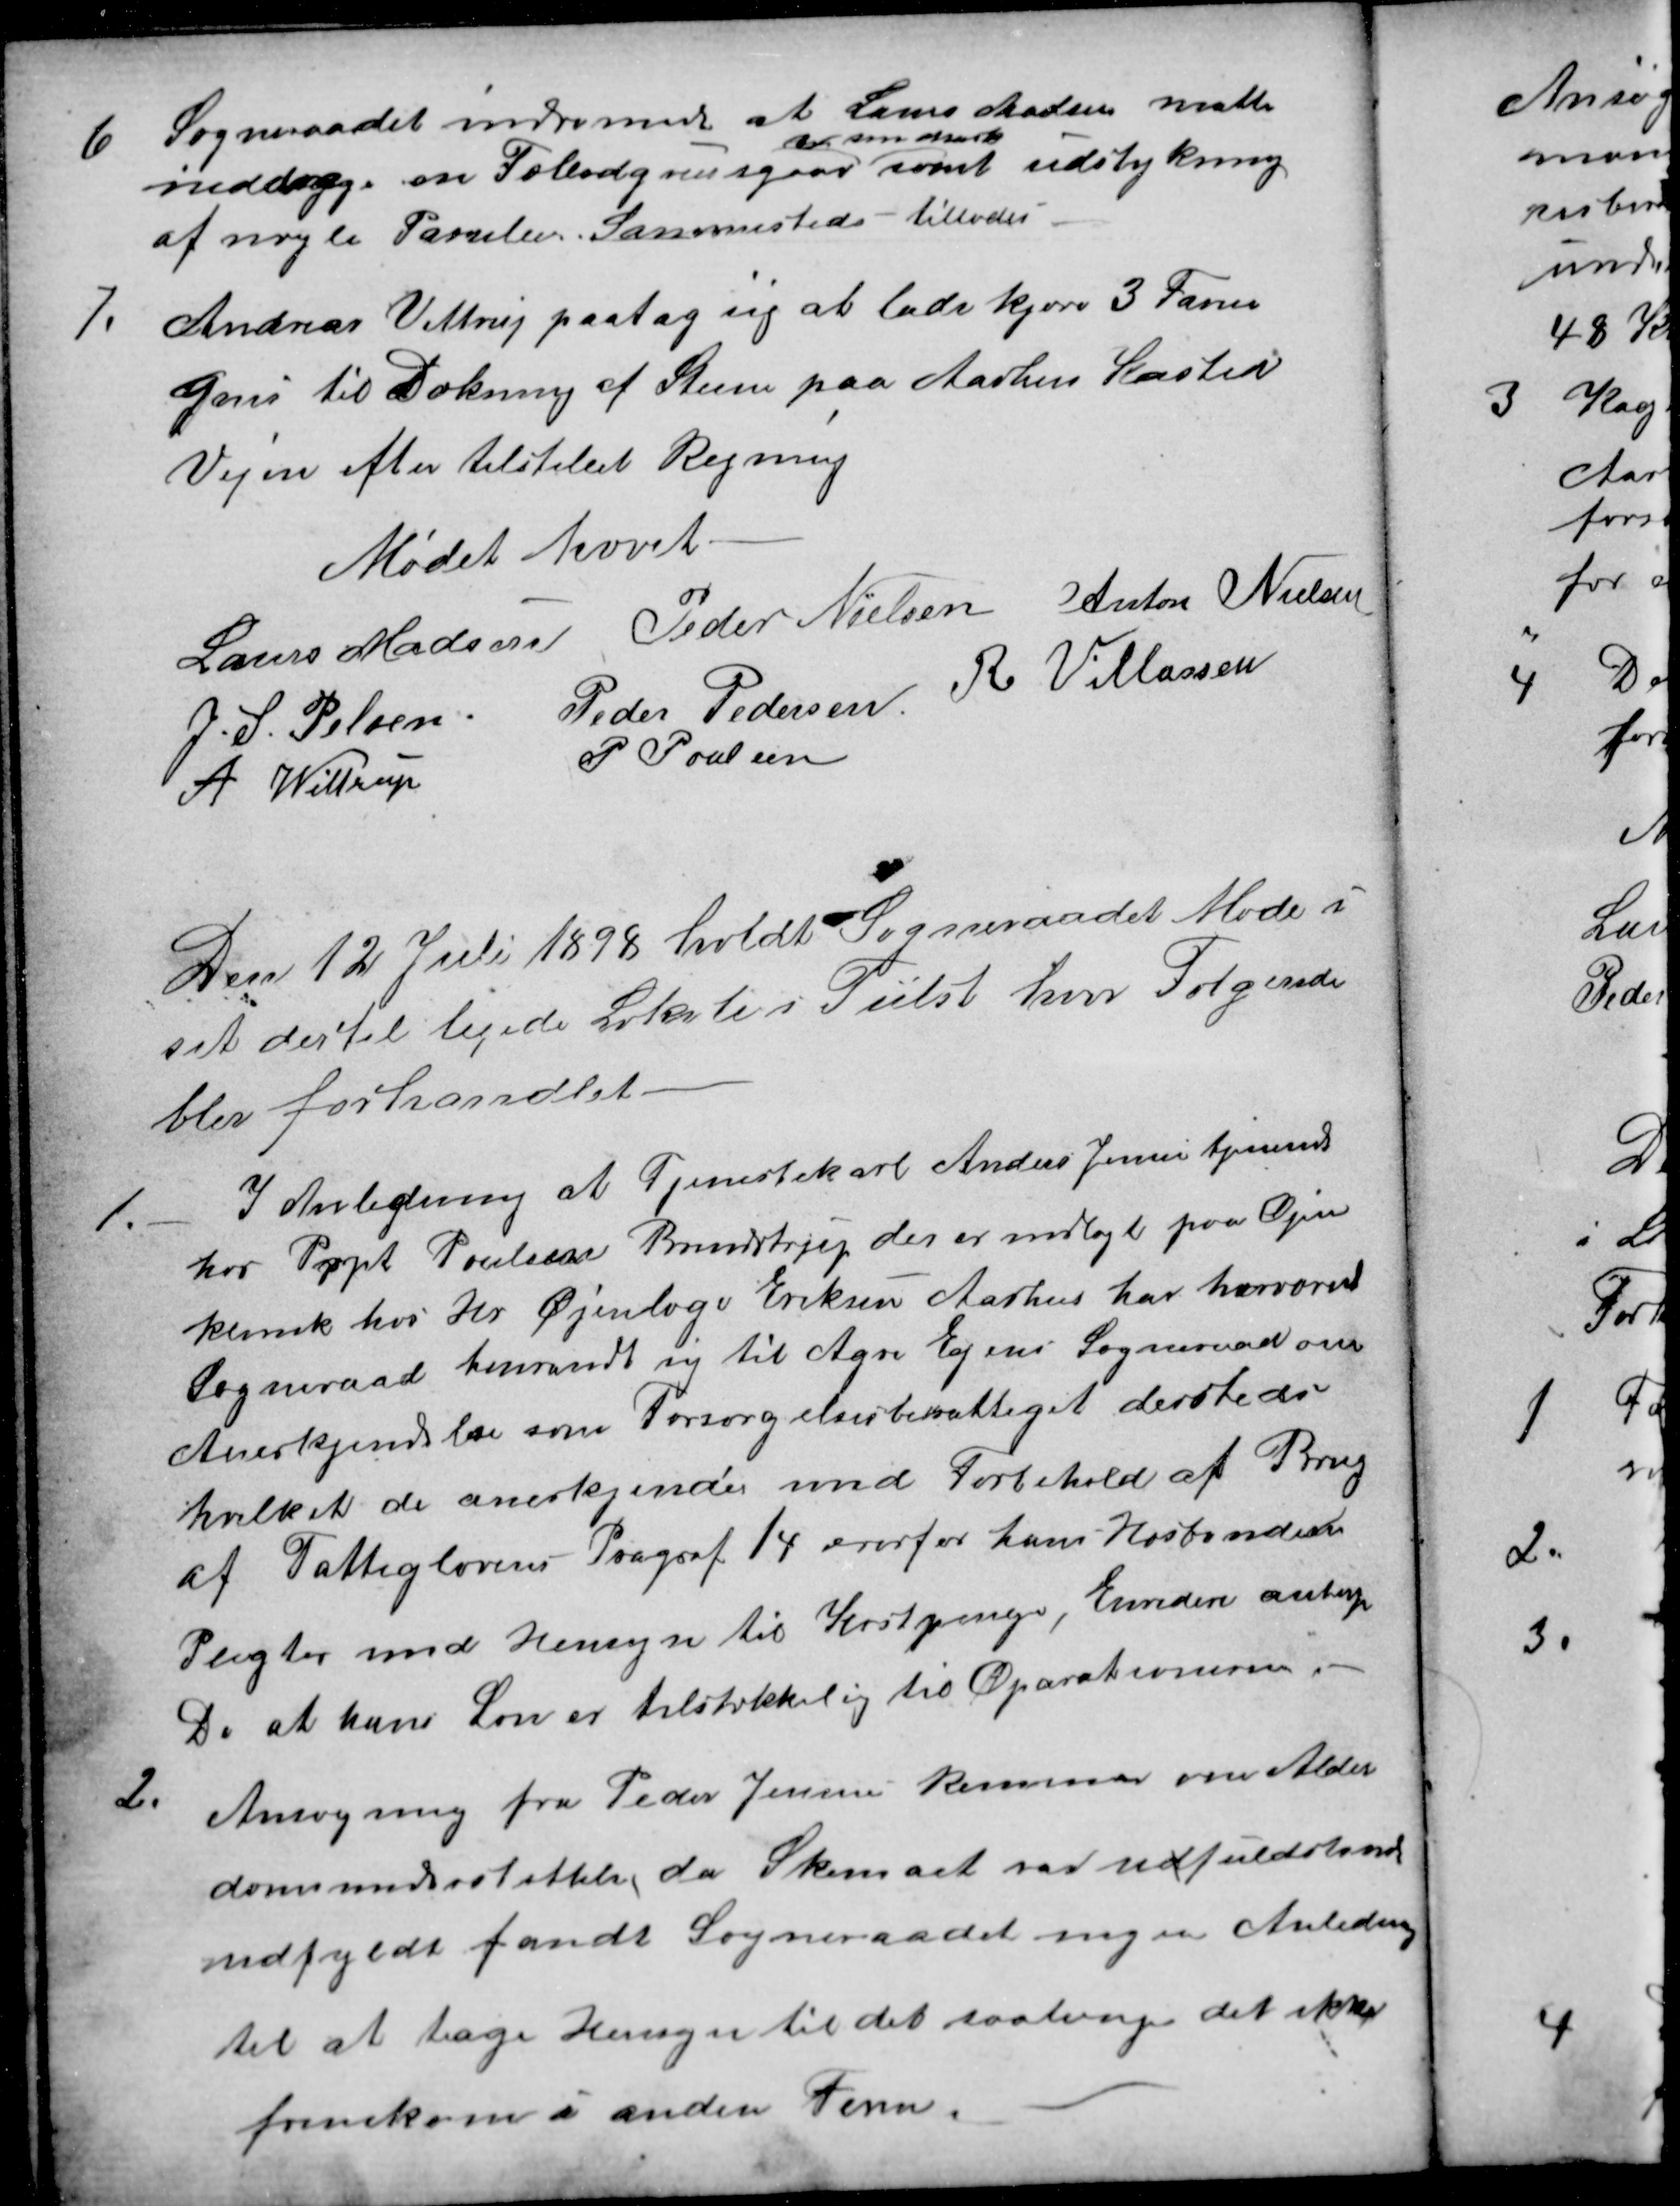
Transskription:
6
Sogneraadet indrømede at Laurs Madsen matte
inddrage en Fæledgrusgrav 
i sin Mark
samt udstykning
af nogle Parzeler Sammesteds - tillodes
7.
Andreas Vittrup paatog sig at lade kjøre 3 Favne
Grus til Dækning af Steen paa Aarhus Kasted
Vejen efter tilstillet Regning
Mødet hævet.
Laurs Madsen
Peder Nielsen
Anton Nielsen
J. S. Pelsen
Peder Pedersen
R Villassen
A Wittrup
P Poulsen
Den 12 Juli 1898 holdt Sogneraadet Møde i
sit dertil lejede Lokale i Tiilst hvor Følgende
blev forhandlet.
1.
I Anledning at Tjenestekarl Anders Jensen tjenende
hos Prpt. Poulsen Brendstrup der er indlagt paa Øjen
klinik hos Hr Øjenlæge Eriksen Aarhus har herværend
Sogneraad henvendt sig til Agri Egens Sogneraad om
Anerkjendelse som Forsørgelsesberettiget dersteds
hvilket de anerkjendes med Forbehold af Brug
af Fattiglovens Pragraf 14 overfor hans Hosbondes
Pligter med Hensyn til Kostpenge, Envidere antager
De at hans Løn er tilstrækkelig til Oparationen
2.
Ansøgning fra Peder Jensen kommer om Alder
domsunderstøttelse, da Skemaet var udfuldstændi
udfyldt fandt Sogneraadet ingen Anledning
til at tage Hensyn til det saalænge det ikke
fremkom i anden Form.